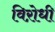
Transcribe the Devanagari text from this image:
विऱोधी